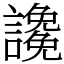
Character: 䜛